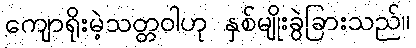
ကျောရိုးမဲ့သတ္တဝါဟု နှစ်မျိုးခွဲခြားသည်။